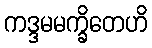
ကဒ္ဒမမက္ခိတေဟိ